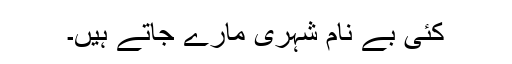
کئی بے نام شہری مارے جاتے ہیں۔